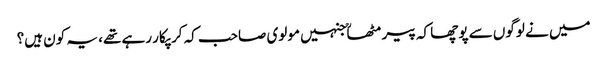
میں نے لوگوں سے پوچھا کہ پیر مٹھاؒ جنہیں مولوی صاحب کہ کر پکار رہے تھے، یہ کون ہیں؟